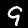
Digit: 9